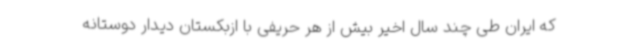
که ایران طی چند سال اخیر بیش از هر حریفی با ازبکستان دیدار دوستانه